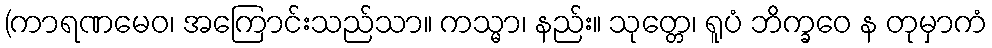
(ကာရဏမေဝ၊ အကြောင်းသည်သာ။ ကသ္မာ၊ နည်း။ သုတ္တေ၊ ရူပံ ဘိက္ခဝေ န တုမှာကံ